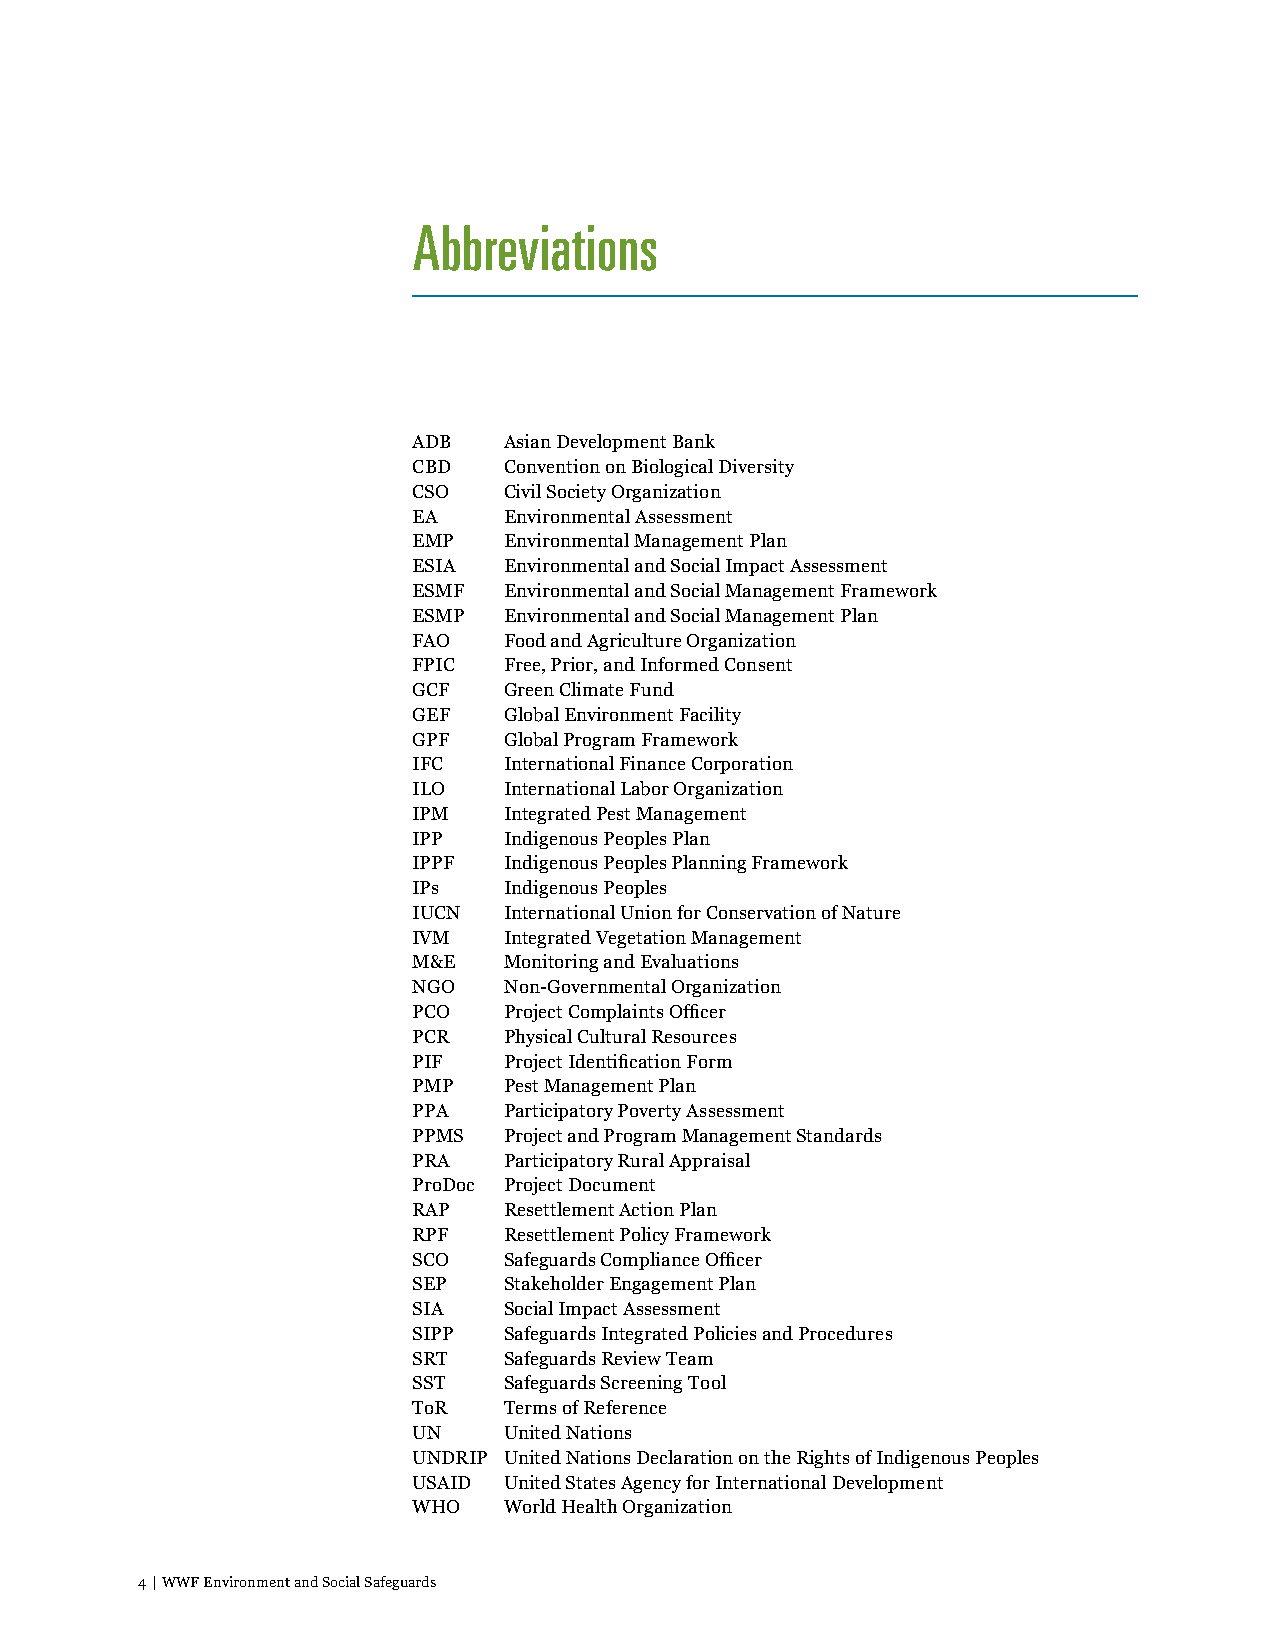
Abbreviations
 ADB   Asian Development Bank
 CBD   Convention on Biological Diversity
 CSO   Civil Society Organization
 EA    Environmental Assessment
 EMP   Environmental Management Plan
 ESIA  Environmental and Social Impact Assessment
 ESMF  Environmental and Social Management Framework
 ESMP  Environmental and Social Management Plan
 FAO   Food and Agriculture Organization
 FPIC  Free, Prior, and Informed Consent
 GCF   Green Climate Fund
 GEF   Global Environment Facility
 GPF   Global Program Framework
 IFC   International Finance Corporation
 ILO   International Labor Organization
 IPM   Integrated Pest Management
 IPP   Indigenous Peoples Plan
 IPPF  Indigenous Peoples Planning Framework
 IPs   Indigenous Peoples
 IUCN  International Union for Conservation of Nature
 IVM   Integrated Vegetation Management
 M&E   Monitoring and Evaluations
 NGO   Non-Governmental Organization
 PCO   Project Complaints Officer
 PCR   Physical Cultural Resources
 PIF   Project Identification Form
 PMP   Pest Management Plan
 PPA   Participatory Poverty Assessment
 PPMS  Project and Program Management Standards
 PRA   Participatory Rural Appraisal
 ProDoc Project Document
 RAP   Resettlement Action Plan
 RPF   Resettlement Policy Framework
 SCO   Safeguards Compliance Officer
 SEP   Stakeholder Engagement Plan
 SIA   Social Impact Assessment
 SIPP  Safeguards Integrated Policies and Procedures
 SRT   Safeguards Review Team
 SST   Safeguards Screening Tool
 ToR   Terms of Reference
 UN    United Nations
 UNDRIP United Nations Declaration on the Rights of Indigenous Peoples
 USAID United States Agency for International Development
 WHO   World Health Organization
 4 | WWF Environment and Social Safeguards